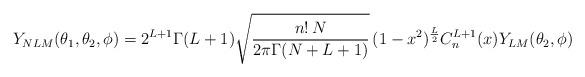
LaTeX: \begin{align*}Y_{NLM}(\theta_1,\theta_2,\phi )=2^{L+1}\Gamma (L+1)\sqrt {\frac {n!\,N}{2\pi\Gamma (N+L+1)}}\,(1-x^2)^{\frac L2}C^{L+1}_n(x)Y_{LM}(\theta_2,\phi )\end{align*}